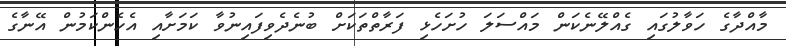
މާއްދާގެ ހަވާލުގައި ގެއްލޭނެކަން މައްސަލަ ހުށަހެޅި ފަރާތްތަކަށް ބުނެދެވިފައިނުވާ ކަމަށާއި އެހެންކަމުން އޭނާގެ